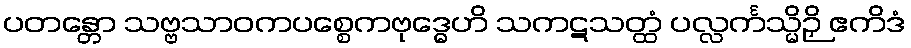
ပတန္တော သဗ္ဗသာဝကပစ္စေကဗုဒ္ဓေဟိ သကဋသတ္ထံ ပလ္လင်္ကသ္မိဉှိ ဧကိဒံ